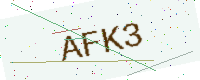
Text: AFK3